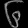
Digit: ၆